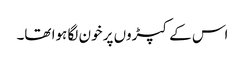
اس کے کپڑوں پر خون لگا ہوا تھا۔